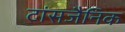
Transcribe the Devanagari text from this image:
टांसजैनिक